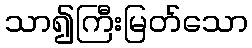
သာ၍ကြီးမြတ်သော